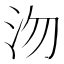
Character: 沕